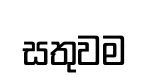
සතුවම